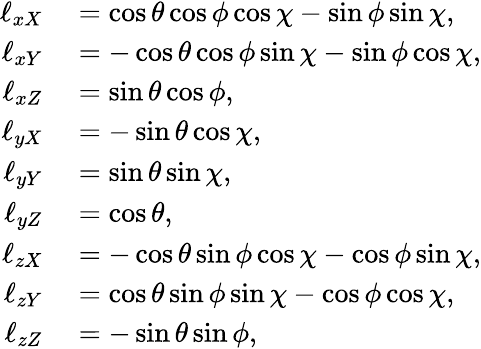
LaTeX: \begin{array}{rl}{\ell_{xX}}&{{}=\cos\theta\cos\phi\cos\chi-\sin\phi\sin\chi,}\\ {\ell_{xY}}&{{}=-\cos\theta\cos\phi\sin\chi-\sin\phi\cos\chi,}\\ {\ell_{xZ}}&{{}=\sin\theta\cos\phi,}\\ {\ell_{yX}}&{{}=-\sin\theta\cos\chi,}\\ {\ell_{yY}}&{{}=\sin\theta\sin\chi,}\\ {\ell_{yZ}}&{{}=\cos\theta,}\\ {\ell_{zX}}&{{}=-\cos\theta\sin\phi\cos\chi-\cos\phi\sin\chi,}\\ {\ell_{zY}}&{{}=\cos\theta\sin\phi\sin\chi-\cos\phi\cos\chi,}\\ {\ell_{zZ}}&{{}=-\sin\theta\sin\phi,}\end{array}